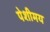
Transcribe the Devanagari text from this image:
पेशीमय